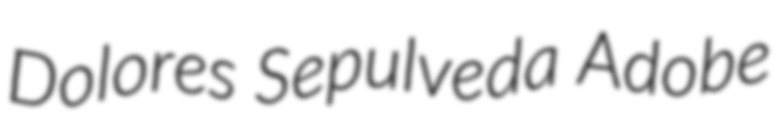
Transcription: Dolores Sepulveda Adobe